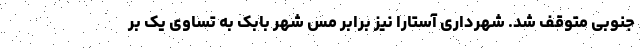
جنوبی متوقف شد. شهرداری آستارا نیز برابر مس شهر بابک به تساوی یک بر